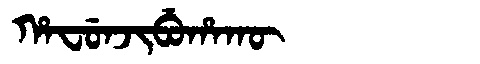
Manchu: ᡥᠠᠸᡠᠨᠵᡳᠪᡠᡥᠠᡴᡡ
Romanization: HAFUNJIBUHAKŪ